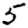
Digit: 5